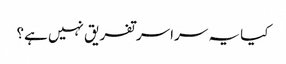
کیا یہ سراسر تفریق نہیں ہے؟